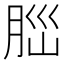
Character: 𦛁